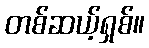
တစ်ဆယ့်ရှစ်။